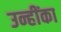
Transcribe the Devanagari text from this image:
उन्हींका